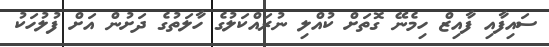
ސައިފާއި ފާއިޒް ހިމެނޭ ގޮތަށް ކުއްލި ނުރައްކަލުގެ ހާލަތުގެ ދަށުން އަށް ފުލުހަކު